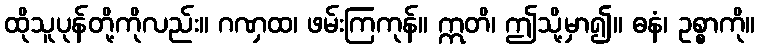
ထိုသူပုန်တို့ကိုလည်း။ ဂဏှထ၊ ဖမ်းကြကုန်။ ဣတိ၊ ဤသို့မှာ၍။ ဓနံ၊ ဥစ္စာကို။